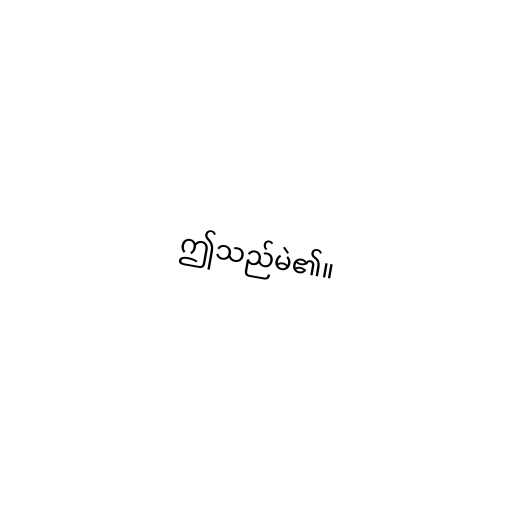
ဤသည်မဲ၏။